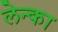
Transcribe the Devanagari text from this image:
लेन्का